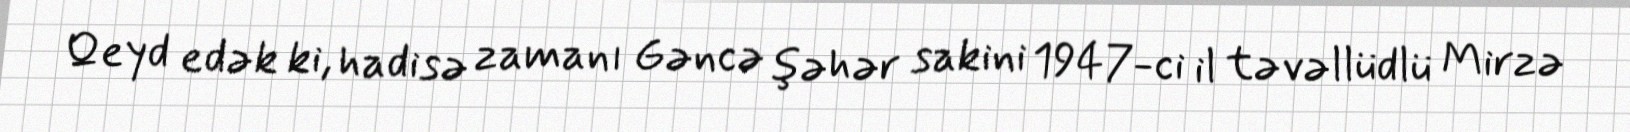
Qeyd edək ki, hadisə zamanı Gəncə şəhər sakini 1947-ci il təvəllüdlü Mirzə